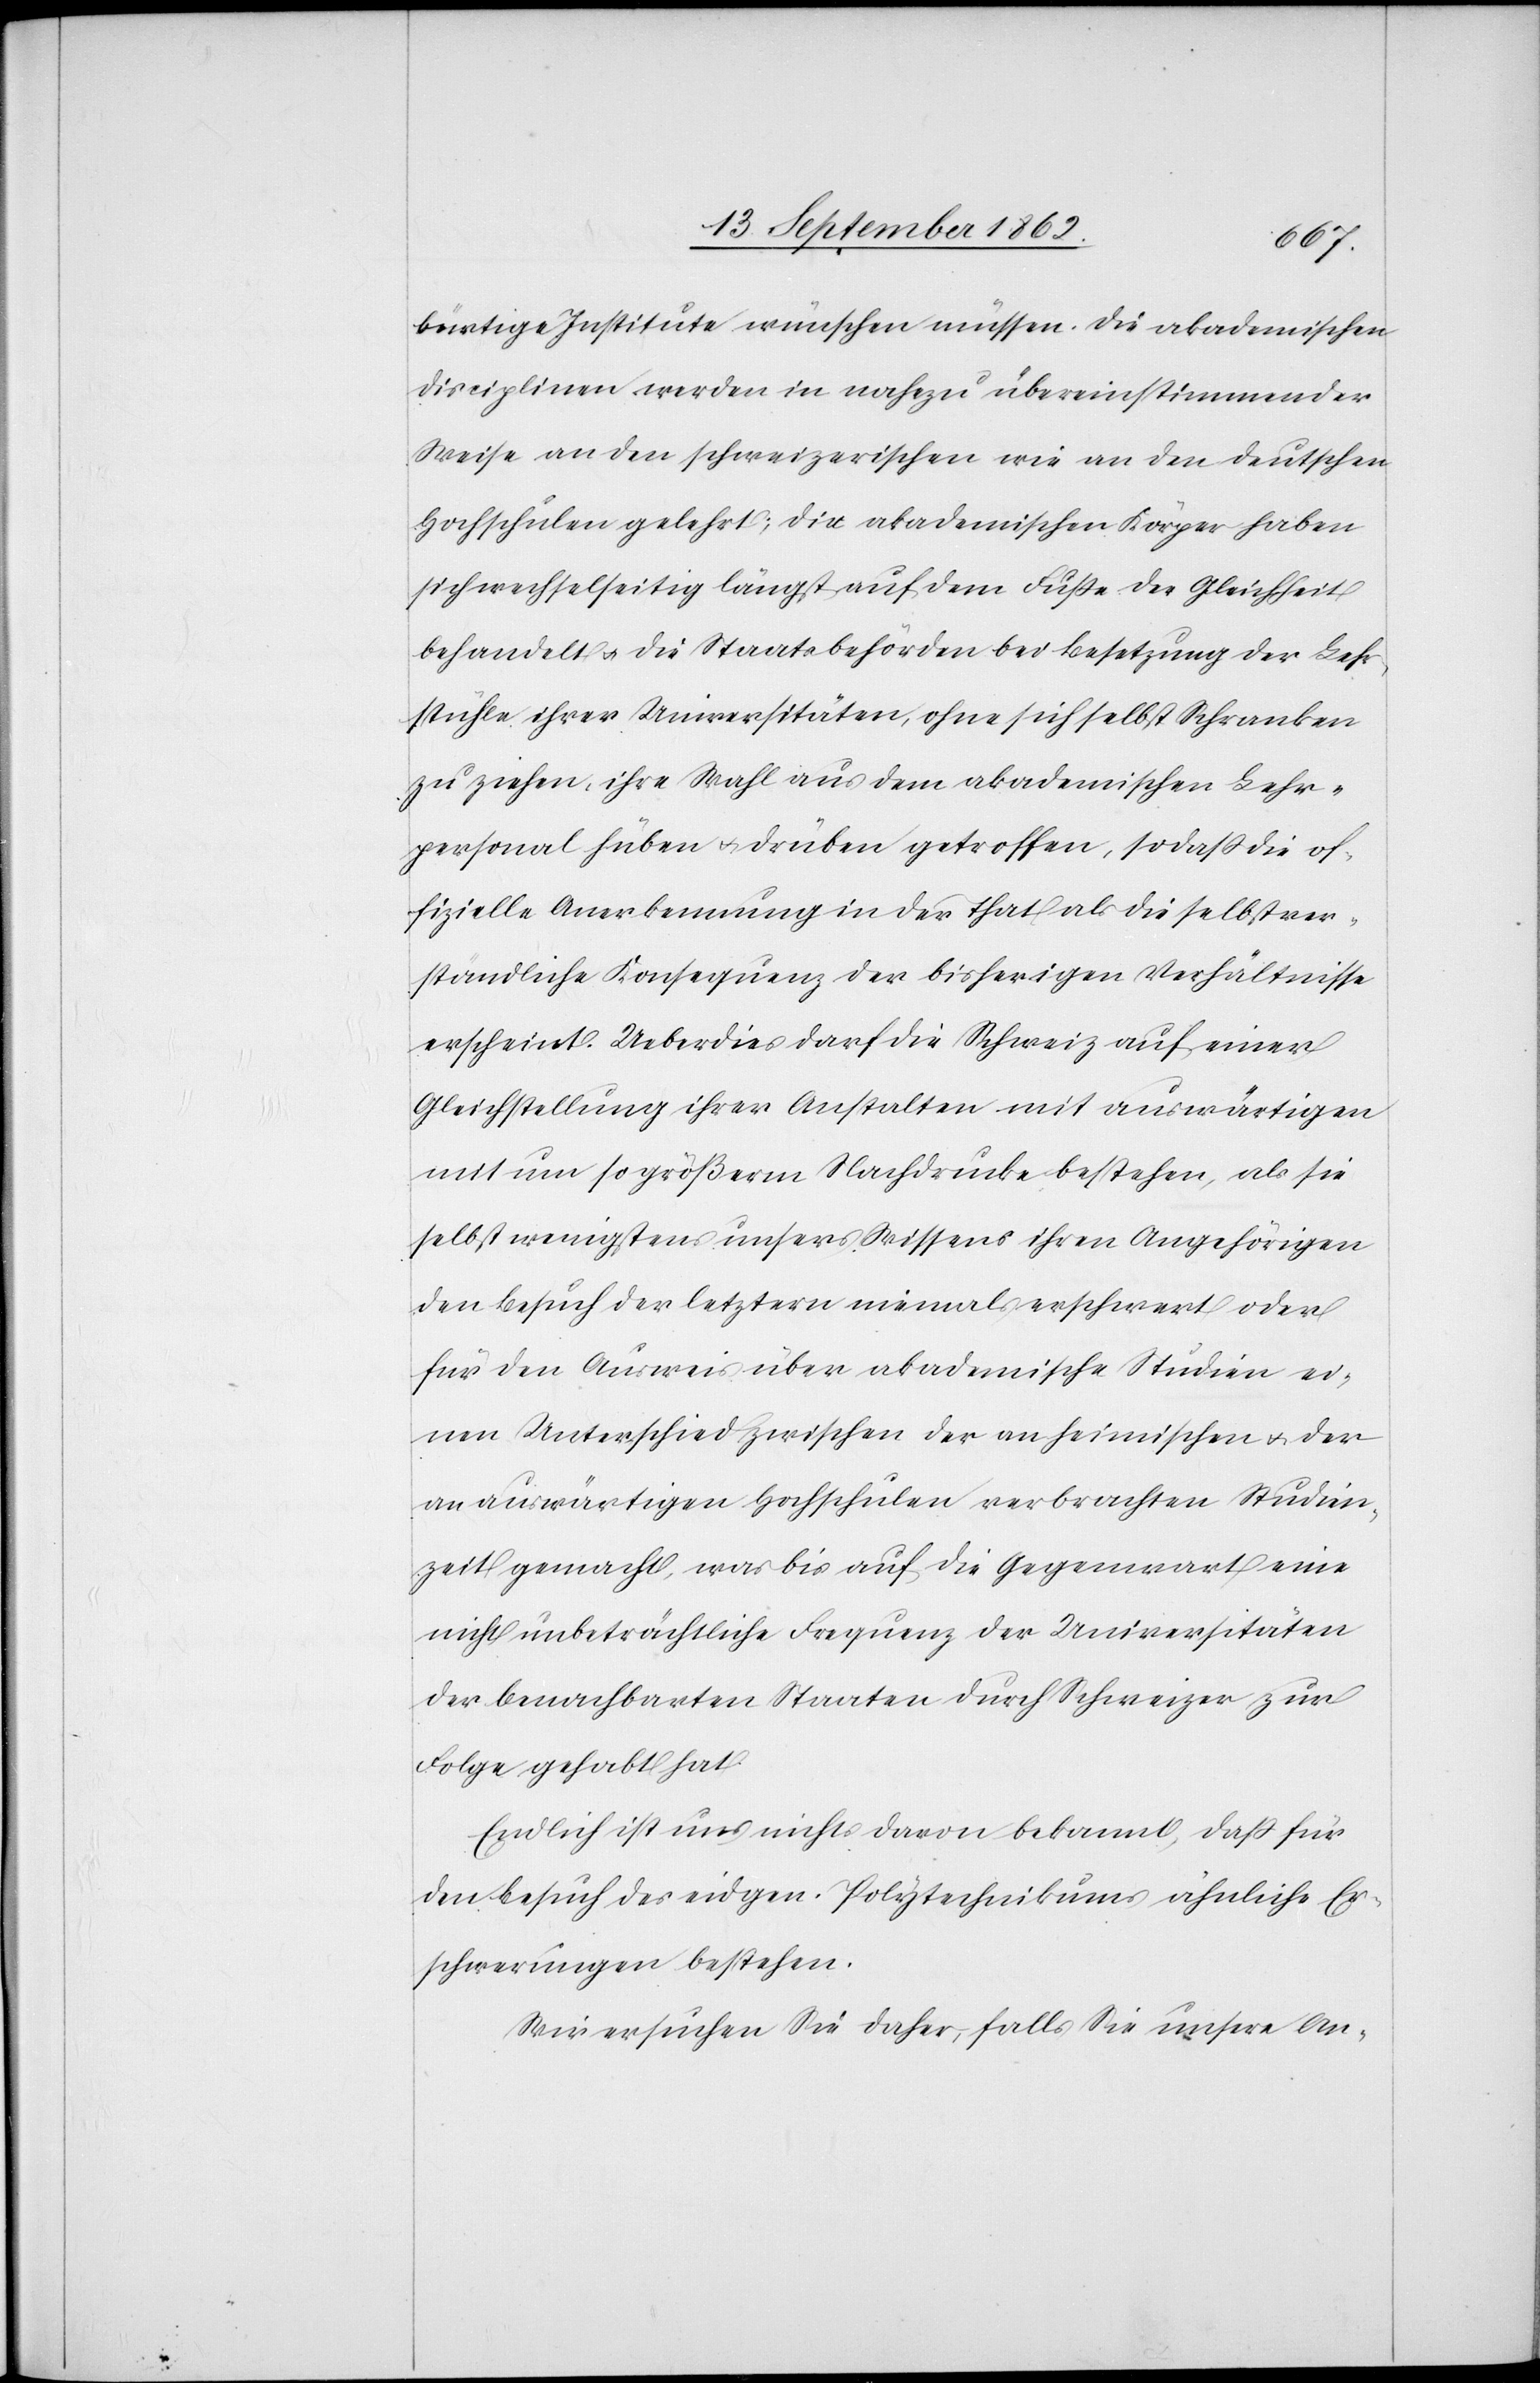
bürtige Institute wünschen müssen. Die akademischen
Disciplinen werden in nahezu übereinstimmender
Weise an den schweizerischen wie an den deutschen
Hochschule gelehrt; die akademischen Körper haben
sich wechselseitig längst auf dem Fuße der Gleichheit
behandelt u. die Staatsbehörden bei Besetzung der Lehr¬
stühle ihrer Universitäten, ohne sich selbst Schranken
zu ziehen ihre Wahl aus dem akademischen Lehr¬
personal hüben u. drüben getroffen, so daß die of¬
fizielle Anerkennung in der That als die selbstver¬
ständliche Konsequenz der bisherigen Verhältnisse
erscheint. Ueberdies darf die Schweiz auf einer
Gleichstellung ihrer Anstalten mit auswärtigen
mit um so größerm Nachdrucke bestehen, als sie
selbst wenigstens unsers Wissen ihren Angehörigen
den Besuch der letztern niemals erschwert oder
für den Ausweis über akademische Studien ei¬
nen Unterschied zwischen der an heimischen u. der
an auswärtigen Hochschulen verbrachten Studien¬
zeit gemacht, was bis auf die Gegenwart eine
nicht unbeträchtliche Frequenz der Universitäten
der benachbarten Staaten durch Schweizer zur
Folge gehabt hat.
Endlich ist uns nichts davon bekannt, daß für
den Besuch des eidgen. Polytechnikums ähnliche Er¬
schwerungen bestehen.
Wir ersuchen Sie daher, falls Sie unsere An-